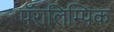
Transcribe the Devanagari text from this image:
पॅरालिम्पिक